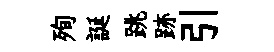
殉誕跳跡引